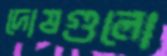
দোষগুলো